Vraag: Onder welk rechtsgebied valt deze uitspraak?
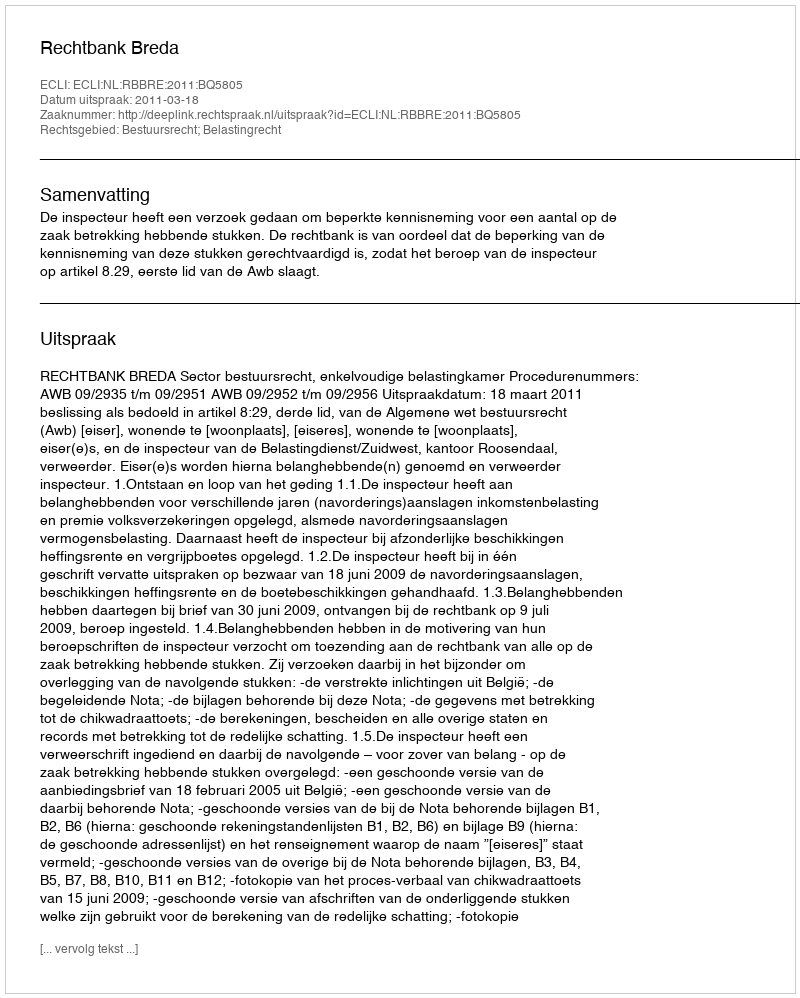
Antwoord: Bestuursrecht; Belastingrecht